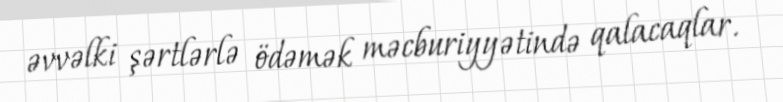
əvvəlki şərtlərlə ödəmək məcburiyyətində qalacaqlar.